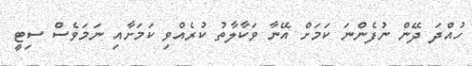
ހުއްދަ ދޭން ނުފެންނަ ކަމަށް އޭނާ ވަކާލާތު ކުރެއްވި ކަމަށާއި ނަމަވެސް ސިޓީ